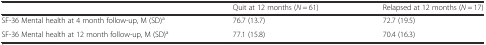
<table><thead><tr><td></td><td><b>Quit at 12 months (<i>N</i> = 61)</b></td><td><b>Relapsed at 12 months (<i>N</i> = 17)</b></td></tr></thead><tbody><tr><td>SF-36 Mental health at 4 month follow-up, M (SD)<sup>a</sup></td><td>76.7 (13.7)</td><td>72.7 (19.5)</td></tr><tr><td>SF-36 Mental health at 12 month follow-up, M (SD)<sup>a</sup></td><td>77.1 (15.8)</td><td>70.4 (16.3)</td></tr></tbody></table>